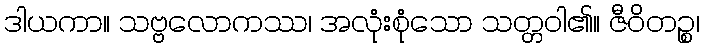
ဒါယကာ။ သဗ္ဗလောကဿ၊ အလုံးစုံသော သတ္တဝါ၏။ ဇီဝိတဉ္စ၊